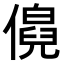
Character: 𬿹